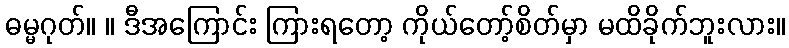
ဓမ္မဂုတ်။ ။ ဒီအကြောင်း ကြားရတော့ ကိုယ်တော့်စိတ်မှာ မထိခိုက်ဘူးလား။